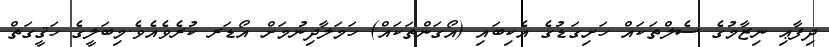
ދިފާޢި ނިޒާމުގެ ސެލްތަކައް ހަށިގަޑުގެ އެކިބައި (އޯގަންތަކައް) ހަމަލާދިނުމަށް އޯޑަރ ކުރެވެއެވެ.މިބަލީގެ ހަޤީގަތް